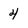
Character: 4